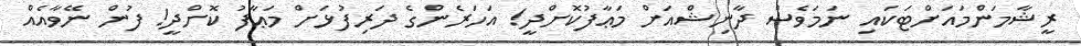
ރީޝާމަންމައަށްޓަކައި ނަމަވެސް ދާނިޝްއަށް މަޢާފުކޮށްދީ! އަހަރެންގެ ދަރިފުޅަށް މަޢާފު ކޮށްދީ! ފުން ނޭވާއެއް